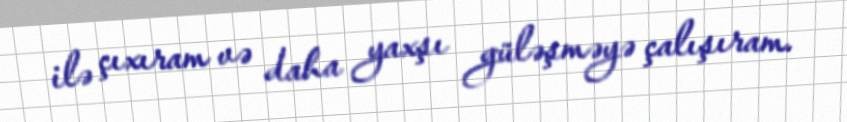
ilə çıxıram və daha yaxşı güləşməyə çalışıram.